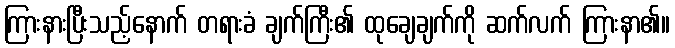
ကြားနားပြီးသည့်နောက် တရားခံ ချက်ကြီး၏ ထုချေချက်ကို ဆက်လက် ကြားနာ၏။